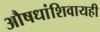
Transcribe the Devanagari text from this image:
औषधांशिवायही